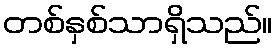
တစ်နှစ်သာရှိသည်။